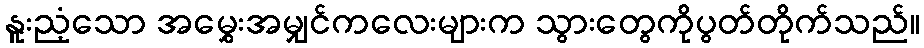
နူးညံ့သော အမွှေးအမျှင်ကလေးများက သွားတွေကိုပွတ်တိုက်သည်။